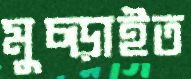
মুচ্‌ড়াইত